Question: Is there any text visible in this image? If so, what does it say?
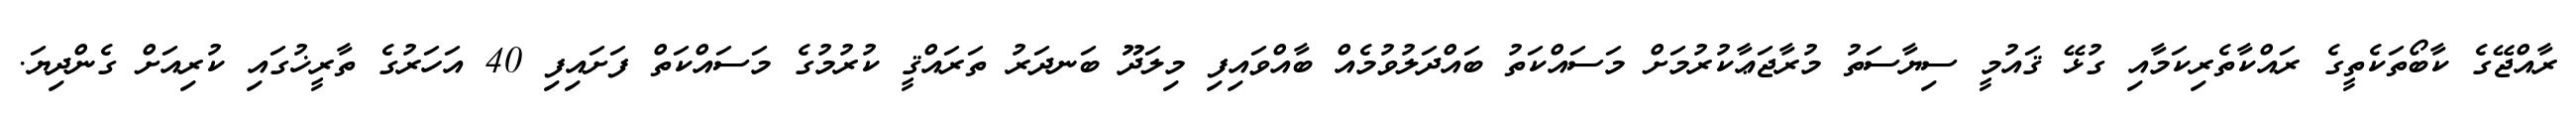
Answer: ރާއްޖޭގެ ކާބޯތަކެތީގެ ރައްކާތެރިކަމާއި ގުޅޭ ޤައުމީ ސިޔާސަތު މުރާޖަޢާކުރުމަށް މަސައްކަތު ބައްދަލުވުމެއް ބާއްވައިފި މިލަދޫ ބަނދަރު ތަރައްޤީ ކުރުމުގެ މަސައްކަތް ފަށައިފި 40 އަހަރުގެ ތާރީޚުގައި ކުރިއަށް ގެންދިޔަ.